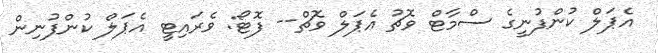
އެޕަލް ކުންފުނީގެ ސްމާޓް ވޮޗު އެޕަލް ވޮޗް-- ފޮޓޯ: ވެރައިޓީ އެޕަލް ކުންފުނިން